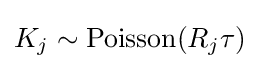
K_{j}\sim {\text{Poisson}}(R_{j}\tau )